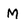
Character: M